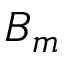
B _ { m }